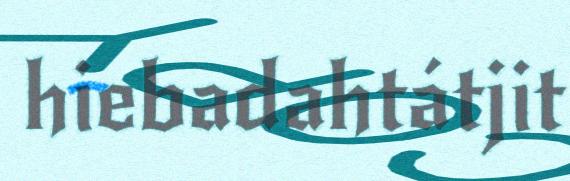
hiebadahtátjit